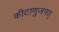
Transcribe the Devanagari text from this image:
कीटाणुजगत्